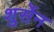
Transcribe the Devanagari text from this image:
शुर्सेन